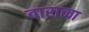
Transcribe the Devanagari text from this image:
वाराच्चा